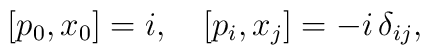
[p_0, x_0] = i, \quad [p_i, x_j] = -i \, \delta_{ij}.